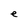
Character: e